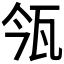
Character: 𤬰